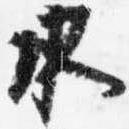
水